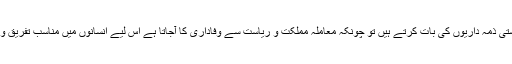
لیکن جب ہم سیاست اور ریاستی ذمہ داریوں کی بات کرتے ہیں تو چونکہ معاملہ مملکت و ریاست سے وفاداری کا آجاتا ہے اس لیے انسانوں میں مناسب تفریق و میرٹ کا ہونا ضروری ہے۔